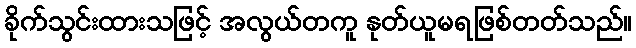
ခိုက်သွင်းထားသဖြင့် အလွယ်တကူ နုတ်ယူမရဖြစ်တတ်သည်။